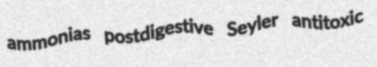
ammonias postdigestive Seyler antitoxic